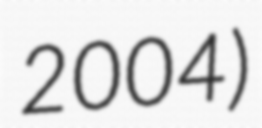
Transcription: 2004)